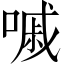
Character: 嘁